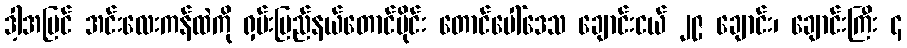
ဒါ့အပြင် အင်းလေးကန်ထဲကို ရှမ်းပြည်နယ်တောင်ပိုင်း တောင်ပေါ်ဒေသ ချောင်းငယ် ၂၉ ချောင်း၊ ချောင်းကြီး ၄